Indian journal of veterinary science and animal husbandry - Volumes 26-27, 1956-1957
Year: 1956
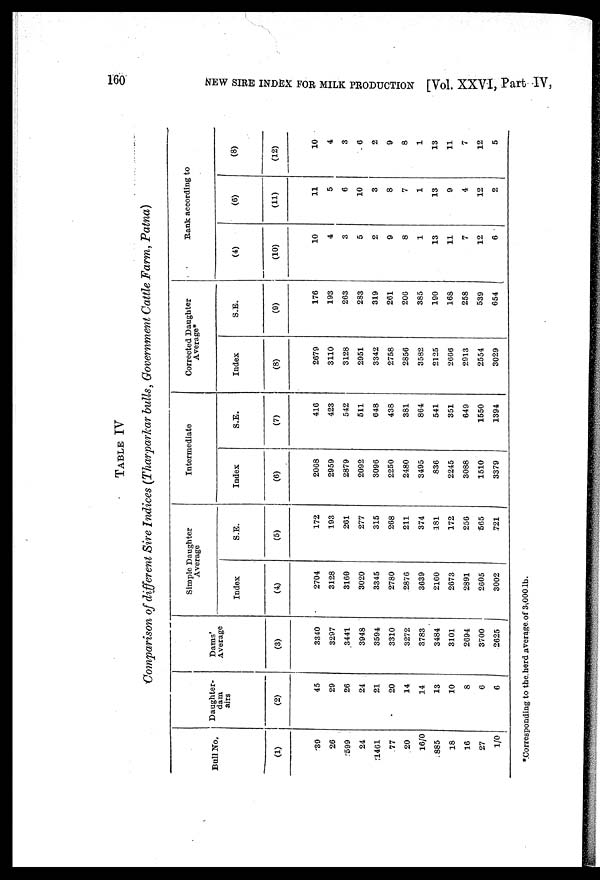
160
NEW
SIRE INDEX FOR MILK PRODUCTION [Vol. XXVI, Part IV,
TABLE IV
Comparison of different Sire Indices (Tharparkar bulls, Government Cattle Farm, Patna)
Bull No.
(1)
39
26
599
24
1461
77
20
16/0
885
18
16
27
1/0
Daughter-
dam
airs
(2)
45
29
26
24
21
20
14
14
13
10
8
6
6
Dams'
Average
(3)
3340
3297
3441
3948
3594
3310
3272
3783
3484
3101
2694
3700
2625
Simple Daughter
Average
Index
(4)
2704
3128
3160
3020
3345
2780
2876
3639
2160
2673
2891
2605
3002
S.E.
(5)
172
193
261
277
315
268
211
374
181
172
256
565
721
Intermediate
Index
(6)
2068
2959
2879
2092
3096
2250
2480
3495
836
2245
3088
1510
3379
S.E.
(7)
416
423
542
511
648
438
381
864
541
351
649
1550
1394
Corrected Daughter
Average*
Index
(8)
2679
3110
3128
2951
3342
2758
2856
3582
2125
2666
2913
2554
3029
S.E.
(9)
176
193
263
283
319
261
206
385
190
168
258
539
654
Rank according to
(4)
(10)
10
4
3
5
2
9
8
1
13
11
7
12
6
(6)
(11)
11
5
6
10
3
8
7
1
13
9
4
12
2
(8)
(12)
10
4
3
6
2
9
8
1
13
11
7
12
5
*Corresponding to the herd average of 3,000 lb.